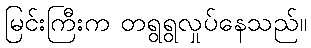
မြင်းကြီးက တရွရွလှုပ်နေသည်။